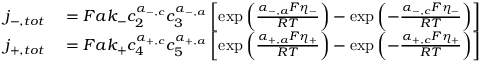
\begin{array} { r l } { j _ { - , t o t } } & { { } = F a k _ { - } c _ { 2 } ^ { \alpha _ { - , c } } c _ { 3 } ^ { \alpha _ { - , a } } \left[ \exp \left( \frac { \alpha _ { - , a } F \eta _ { - } } { R T } \right) - \exp \left( - \frac { \alpha _ { - , c } F \eta _ { - } } { R T } \right) \right] } \\ { j _ { + , t o t } } & { { } = F a k _ { + } c _ { 4 } ^ { \alpha _ { + , c } } c _ { 5 } ^ { \alpha _ { + , a } } \left[ \exp \left( \frac { \alpha _ { + , a } F \eta _ { + } } { R T } \right) - \exp \left( - \frac { \alpha _ { + , c } F \eta _ { + } } { R T } \right) \right] } \end{array}